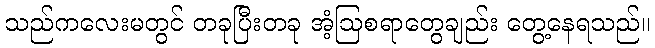
သည်ကလေးမတွင် တခုပြီးတခု အံ့ဩစရာတွေချည်း တွေ့နေရသည်။